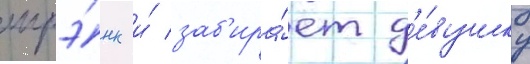
шрэ́нк и́ заб'ира́ет д'е́вушку